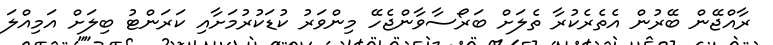
ރާއްޖޭން ބޭރުން އެތެރެކުރާ ތެލަށް ބަރޯސާވާންޖެހޭ މިންވަރު ކުޑަކުރުމަށާއި ކަރަންޓު ބިލަށް އަމިއްލަ